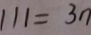
1 1 1 = 3 n